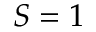
S = 1